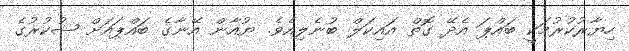
ހިޔާރުކުރުމަކީ ބައްޕަ އެދޭ ގޮތް އައިކަލް ބުނެލިއެވެ. ޔުއާން އޭނާގެ ބައްޕައަށް ޝުކުރުގެ